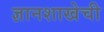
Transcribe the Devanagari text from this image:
ज्ञानशाखेची